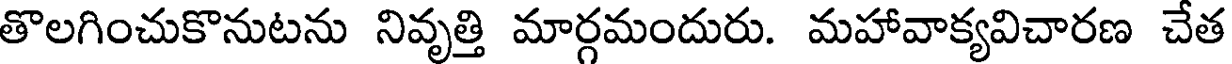
తొలగించుకొనుటను నివృత్తి మార్గమందురు. మహావాక్యవిచారణ చేత